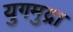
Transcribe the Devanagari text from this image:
युगमुद्रा